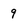
Character: 9